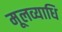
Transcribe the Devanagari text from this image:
मूलव्याधि